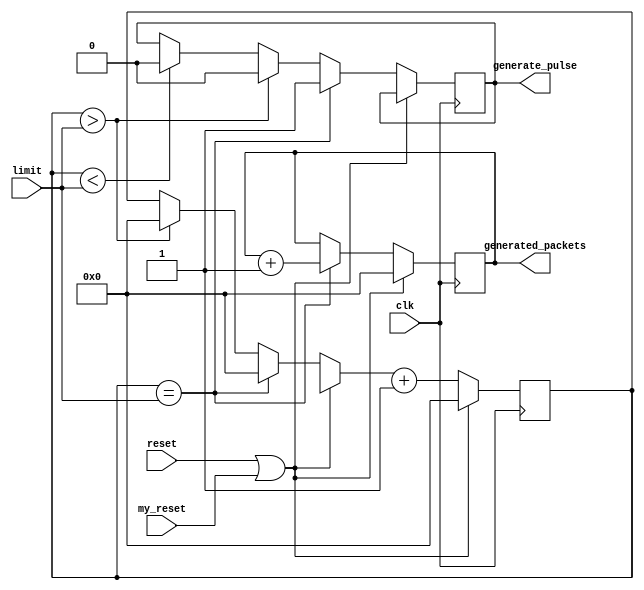
/*******************************************************************************
 *
 *  NetFPGA-10G http://www.netfpga.org
 *
 *  File:
 *        rater.v
 *
 *  Library:
 *        hw/osnt/pcores/osnt_10g_interface_v1_11_a
 *
 *  Module:
 *        packet_generator
 *
 *  Author:
 *        Antonis Gavaletakis
 *
 *
 *  Copyright (C) 2015 - HPCN-UAM High Performance Computing and Networking
 *
 *  Licence:
 *        This file is part of the HPCN-NetFPGA 10G development base package.
 *
 *        This file is free code: you can redistribute it and/or modify it under
 *        the terms of the GNU Lesser General Public License version 2.0 as
 *        published by the Free Software Foundation.
 *
 *        This package is distributed in the hope that it will be useful, but
 *        WITHOUT ANY WARRANTY; without even the implied warranty of
 *        MERCHANTABILITY or FITNESS FOR A PARTICULAR PURPOSE.  See the GNU
 *        Lesser General Public License for more details.
 *
 *        You should have received a copy of the GNU Lesser General Public
 *        License along with the NetFPGA source package.  If not, see
 *        http://www.gnu.org/licenses/.
 *
 */
`timescale 1ns / 1ps
//////////////////////////////////////////////////////////////////////////////////
// Company: 
// Engineer: 
// 
// Design Name: 
// Module Name:    rater 
// Project Name: 
// Target Devices: 
// Tool versions: 
// Description: 
//
// Dependencies: 
//
// Revision: 
// Revision 0.01 - File Created
// Additional Comments: 
//
//////////////////////////////////////////////////////////////////////////////////
module rater(
    input [31:0] limit,
    input clk,
    input reset,
    output reg generate_pulse,
	 output reg [31:0]generated_packets,
	 input my_reset
    );


reg [31:0] counter;
//reg [31:0]generated_packets ;
//reg [31:0] generate_pulse;



always @(posedge clk)
begin

	if(reset || my_reset)
	begin
		
			counter = 0;
			generated_packets =0;
	end
	else
	begin
			if(counter == limit )
			begin
				generate_pulse =1;
				counter =0;
				generated_packets = generated_packets +1;
			end
			else if(counter > limit)
			begin
				generate_pulse =0;
				counter =0;
			end
			else if(counter <limit)
			begin
					generate_pulse=0;
			end
						counter = counter +1;
	end

end //end always



endmodule